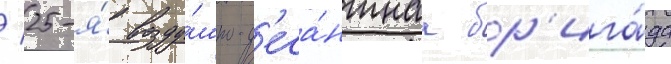
/ 25-я́ возду́шно-д'еса́нтнаа бр'ига́да